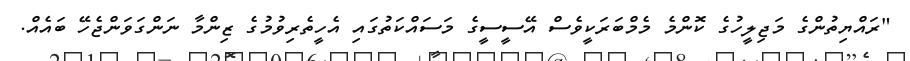
"ރައްޔިތުންގެ މަޖިލީހުގެ ކޮންމެ މެމްބަރަކީވެސް އޭސީސީގެ މަސައްކަތުގައި އެހީތެރިވުމުގެ ޒިންމާ ނަންގަވަންޖެހޭ ބައެއް.